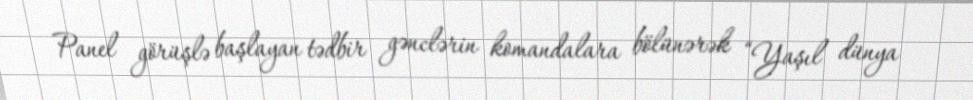
Panel görüşlə başlayan tədbir gənclərin komandalara bölünərək “Yaşıl dünya